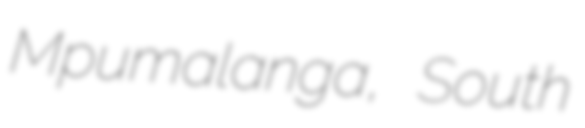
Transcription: Mpumalanga, South